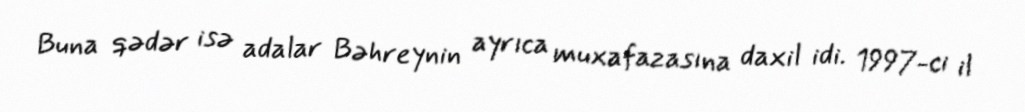
Buna qədər isə adalar Bəhreynin ayrıca muxafazasına daxil idi. 1997-ci il